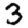
Digit: 3